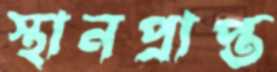
স্থানপ্রাপ্ত